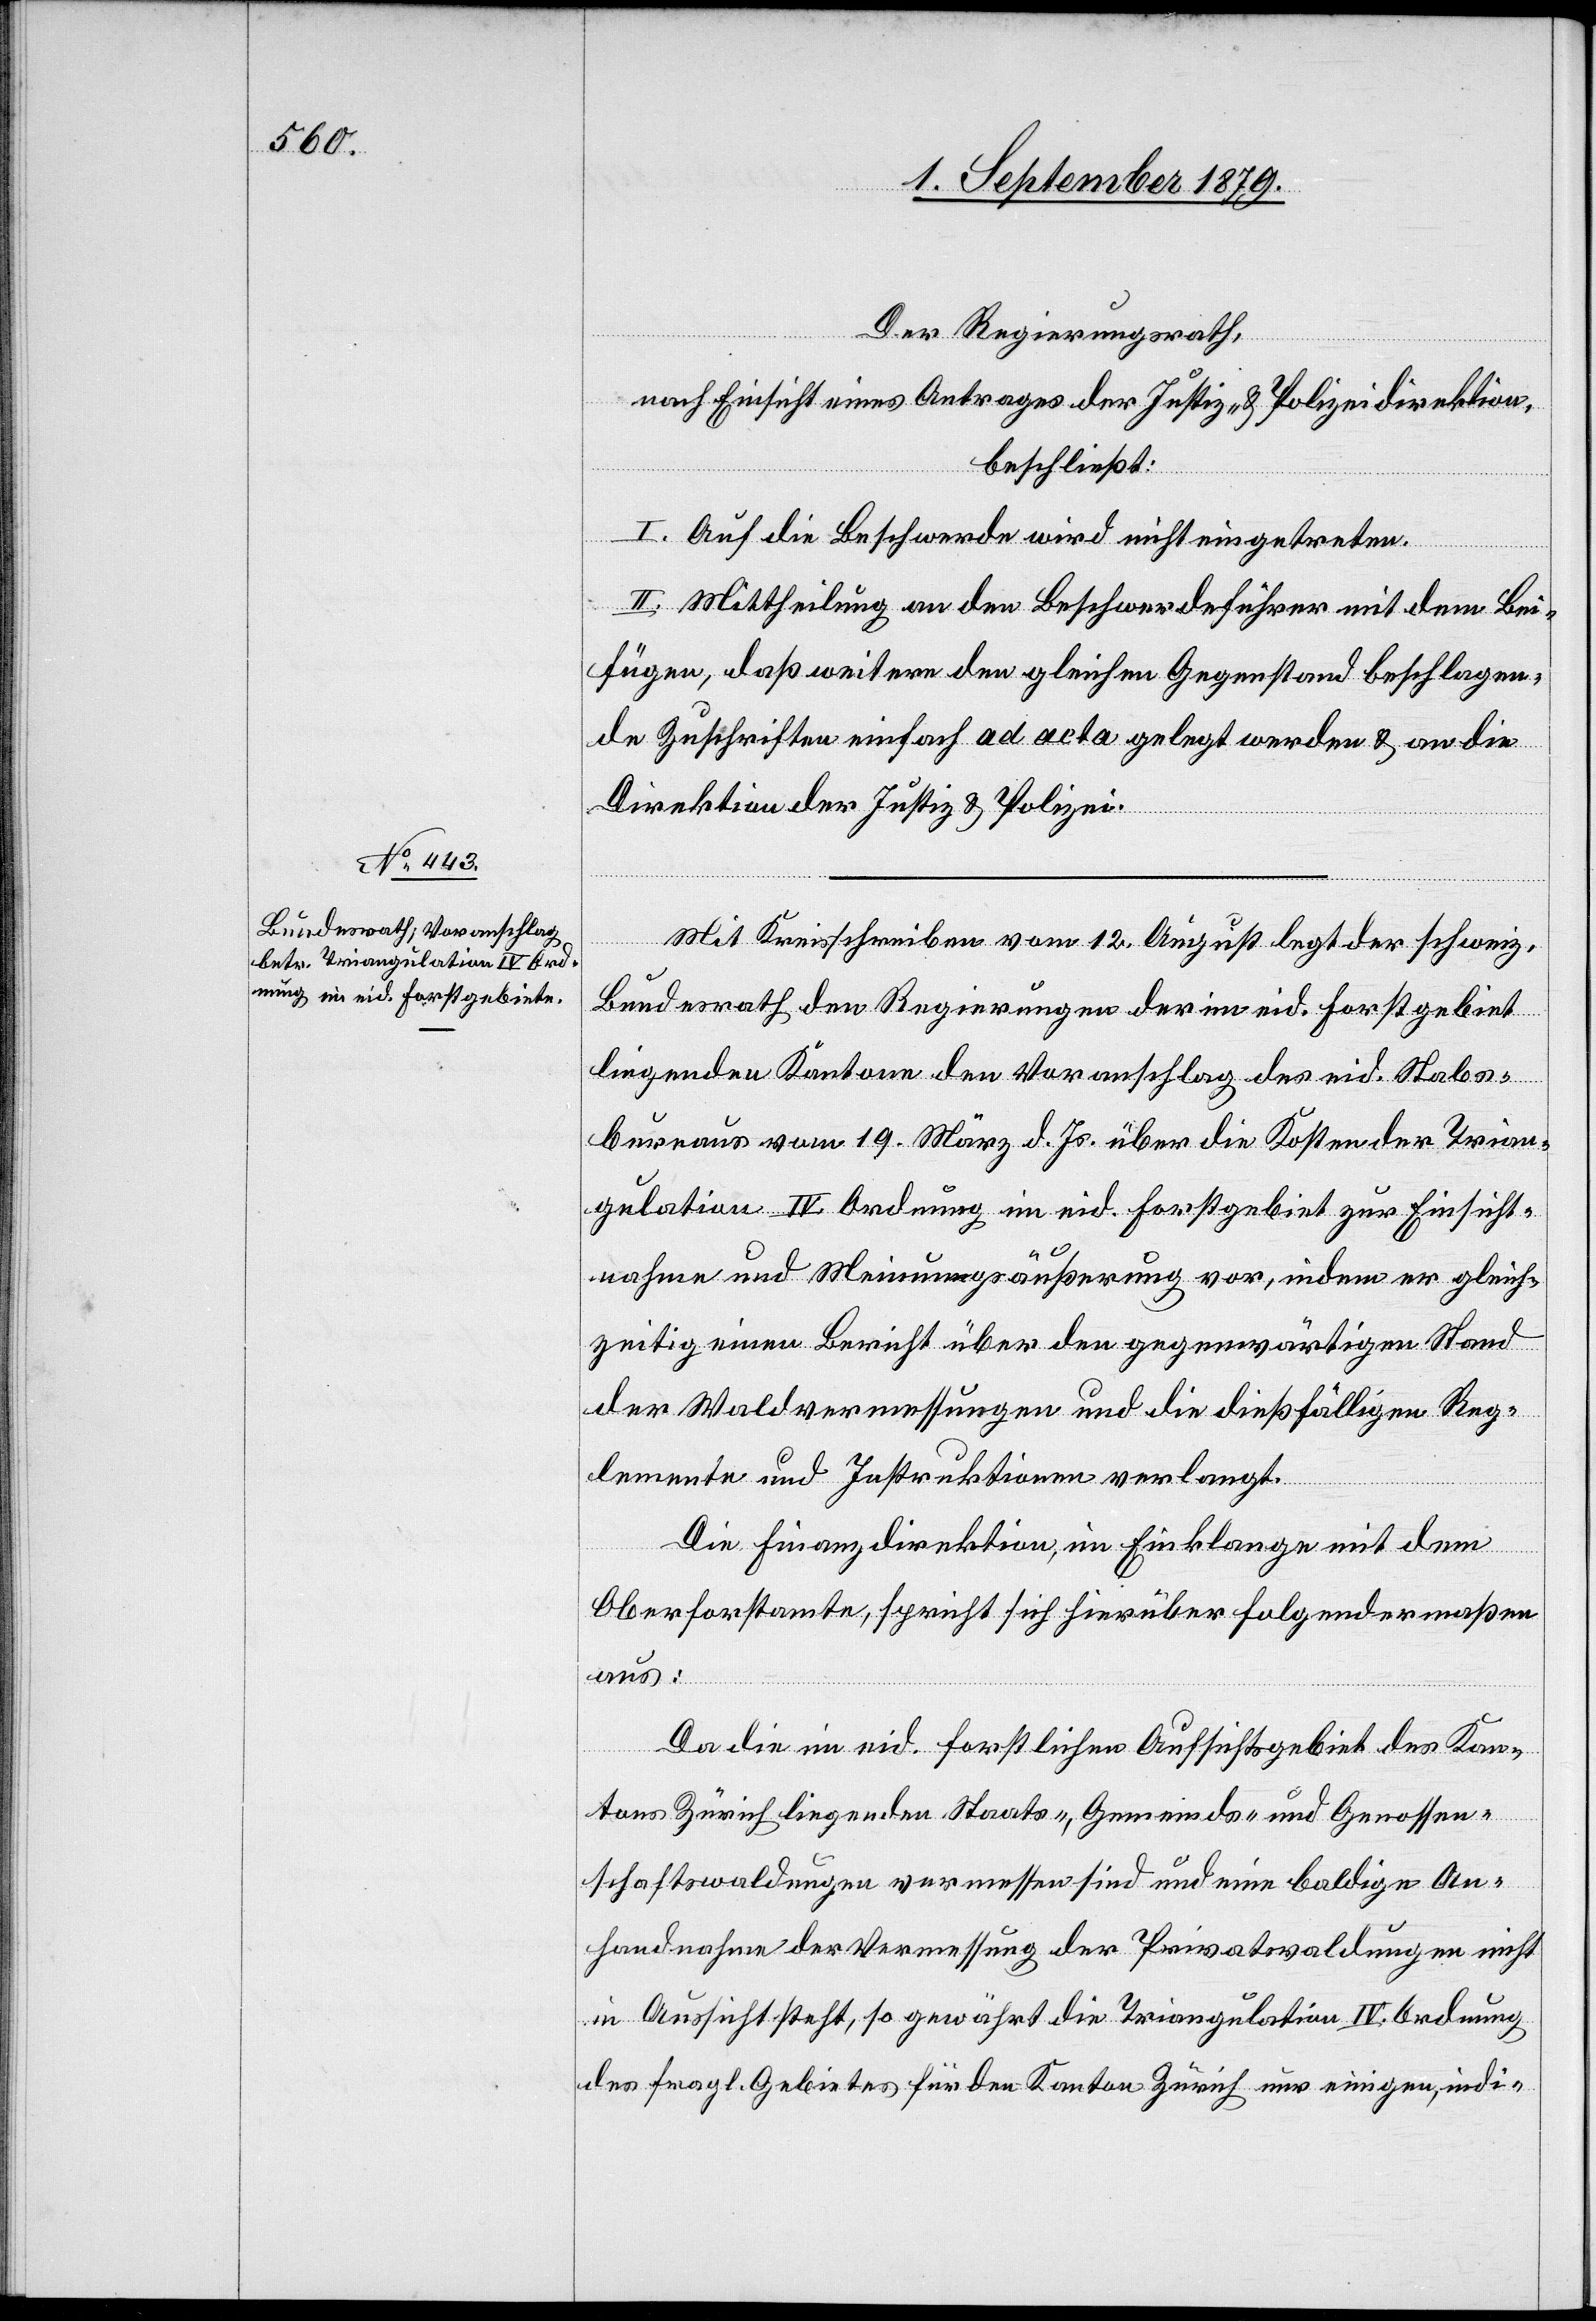
Der Regierungsrath,
nach Einsicht eines Antrages der Justiz- & Polizeidirektion,
beschließt:
I. Auf die Beschwerde wird nicht eingetreten.
II. Mittheilung an den Beschwerdeführer mit dem Bei¬
fügen, daß weitere den gleichen Gegenstand beschlagen¬
de Zuschriften einfach ad acta gelegt werden & an die
Direktion der Justiz & Polizei.
Mit Kreisschreiben vom 12. August legt der schweiz.
Bundesrath den Regierungen der im eid. Forstgebiet
liegende Kantone den Voranschlag des eid. Stabs¬
bureaus vom 19. März d. Js. über die Kosten der Trian¬
gulation IV. Ordnung im eid. Forstgebiet zur Einsicht¬
nahme und Meinungsäußerung vor, indem er gleich¬
zeitig einen Bericht über den gegenwärtigen Stand
der Waldvermessungen und die dießfälligen Reg¬
lemente und Instruktionen verlangt.
Die Finanzdirektion, im Einklange mit dem
Oberforstamte, spricht sich hierüber folgendermaßen
aus:
Da die im eid. forstlichen Aufsichtsgebiet des Kan¬
tons Zürich liegende Staats-, Gemeinds- und Genossen¬
schaftswaldungen vermessen sind und eine baldige An¬
handnahme der Vermessung der Privatwaldungen nicht
in Aussicht steht, so gewährt die Triangulation IV. Ordnung
des fragl. Gebietes für den Kanton Zürich nur einigen, indi-